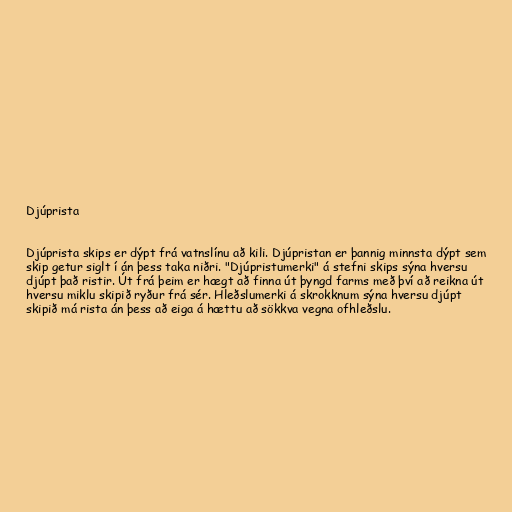
Djúprista

Djúprista skips er dýpt frá vatnslínu að kili. Djúpristan er þannig minnsta dýpt sem
skip getur siglt í án þess taka niðri. "Djúpristumerki" á stefni skips sýna hversu
djúpt það ristir. Út frá þeim er hægt að finna út þyngd farms með því að reikna út
hversu miklu skipið ryður frá sér. Hleðslumerki á skrokknum sýna hversu djúpt
skipið má rista án þess að eiga á hættu að sökkva vegna ofhleðslu.